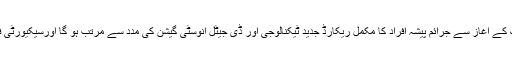
تقریب سے خطاب کرتے ہوئے ڈی ائی جی مردان رینج محمد عالم شنواری نے کہا کہ کریمنل واچ ونگ کے آغاز سے جرائم پیشہ افراد کا مکمل ریکارڈ جدید ٹیکنالوجی اور ڈی جیٹل انوسٹی گیشن کی مدد سے مرتب ہو گا اورسیکیورٹی فورسز اور قانون نافذ کرنے والے اداروں کو یہ معلومات فوری اور جلد ایک ہی کلک پر دستیاب ہو گی ۔